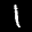
Label: 1